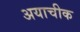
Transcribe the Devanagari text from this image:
अयाचीक